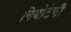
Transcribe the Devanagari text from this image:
नियोटेनी